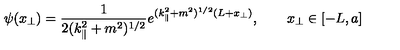
\psi ( x _ { \bot } ) = \frac { 1 } { 2 ( k _ { \| } ^ { 2 } + m ^ { 2 } ) ^ { 1 / 2 } } e ^ { ( k _ { \| } ^ { 2 } + m ^ { 2 } ) ^ { 1 / 2 } ( L + x _ { \bot } ) } , \qquad x _ { \bot } \in [ - L , a ]